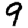
Digit: 9